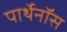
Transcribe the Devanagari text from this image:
पार्थेनॉस